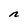
Character: n